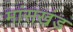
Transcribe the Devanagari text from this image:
मांसखंड